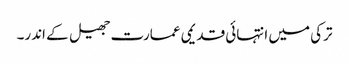
ترکی میں انتہائی قدیمی عمارت جھیل کے اندر۔